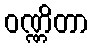
ဝဏ္ဏိတာ